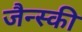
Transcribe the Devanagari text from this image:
जैन्स्की